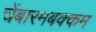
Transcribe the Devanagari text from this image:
चेंबारमबक्कम